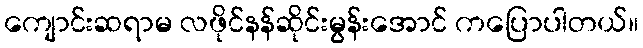
ကျောင်းဆရာမ လဖိုင်နန်ဆိုင်းမွန်းအောင် ကပြောပါတယ်။